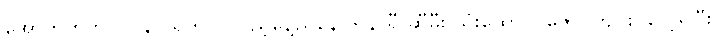
အောက်တိုဘာ (၁၃) ရက် လပြည့်နေ့ညနေ ၆ နာရီ ဆီမီး သုံးထောင်ပူဇော်ပွဲကျင်းပလေ့ရှိပြီး